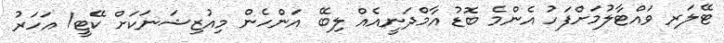
ޓޭލަރ ވައްޓާލުމަށްފަހު އެންމެ ބޮޑު އާމްދަނީއެއް ލިބޭ އަންހެން މިއުޒިޝަނަކަށް ކޭޓީ1 އަހަރު